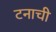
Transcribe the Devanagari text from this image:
टनाची